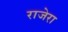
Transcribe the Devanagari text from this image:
राजेरा